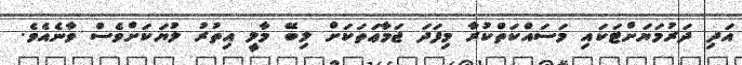
އަދި ދަރުމަޔަށްޓަކައި މަސައްކަތްކުރާ މިފަދަ ޖަމާޢަތަކަށް ލިބޭ މާލީ އިތުރު ލުޔަކަށްވެސް ވާނެއެވެ.